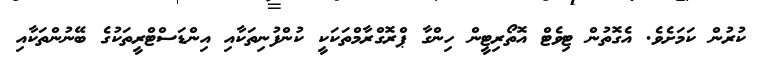
ކުރުން ކަމަށެވެ. އެގޮތުން ޓިވެޓް އޮތޯރިޓީން ހިންގާ ޕްރޮގްރާމްތަކަކީ ކުންފުނިތަކާއި އިންޑަސްޓްރީތަކުގެ ބޭނުންތަކާއި